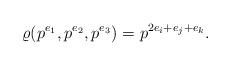
LaTeX: \begin{align*}\varrho(p^{e_1},p^{e_2},p^{e_3})=p^{2e_i+e_j+e_k}.\end{align*}